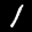
Label: 1